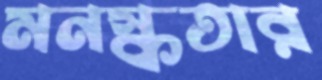
মনস্কতার